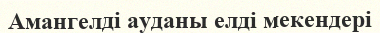
Амангелді ауданы елді мекендері